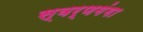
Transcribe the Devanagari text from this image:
स्वर्णगंगा